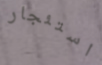
استئجار